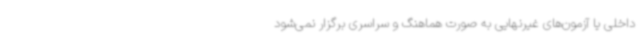
داخلی یا آزمون‌های غیرنهایی به صورت هماهنگ و سراسری برگزار نمی‌شود